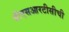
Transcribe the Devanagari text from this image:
बीएसआरटीसीची